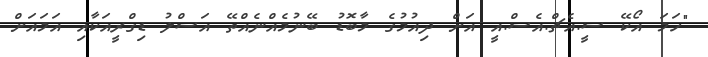
"ހަމަ އޯކޭ ސީ.އެޗް.އެސް.އީ އަށް ދިއުމުގެ މާބޮޑު ބޭނުމެއްނެއްތޭ އަސްލު ޑިގްރީއަކާއި އަމައަށް